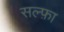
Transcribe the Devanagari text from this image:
सल्फ़ा